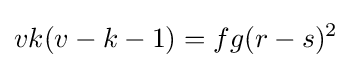
vk(v-k-1)=fg(r-s)^{2}